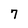
Character: 7